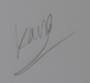
Signature authenticity: genuine